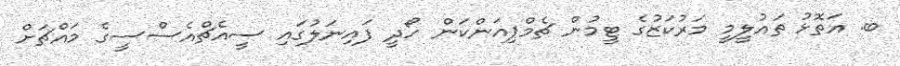
ބ. އަތޮޅު ތައުލީމީ މަރުކަޒުގެ ޓީމުން ޗެމްޕިއަންކަން ހޯދީ ފައިނަލުގައި ސީއެޗްއެސްސީގެ މައްޗަށް